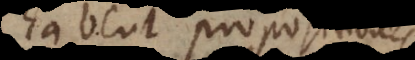
habent propositiones